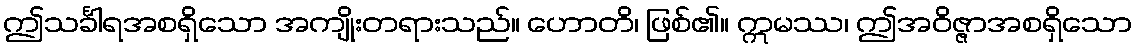
ဤသင်္ခါရအစရှိသော အကျိုးတရားသည်။ ဟောတိ၊ ဖြစ်၏။ ဣမဿ၊ ဤအဝိဇ္ဇာအစရှိသော